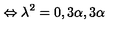
\Leftrightarrow \lambda ^ { 2 } = 0 , 3 \alpha , 3 \alpha